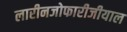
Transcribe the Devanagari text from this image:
लारीनजोफारीजीयाल